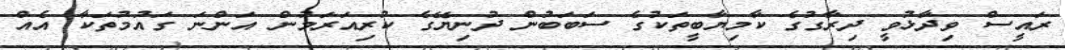
ރައީސް ވިދާޅުވީ ދިރާގުގެ ކާމިޔާބީތަކުގެ ސަބަބުން ދުނިޔޭގެ ކުރިއަރަމުން އަންނަ ގައުމުތަކާ އެއް